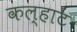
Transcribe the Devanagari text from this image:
कल्हाट